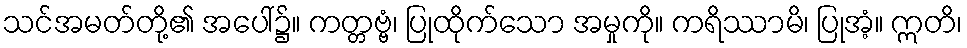
သင်အမတ်တို့၏ အပေါ်၌။ ကတ္တဗ္ဗံ၊ ပြုထိုက်သော အမှုကို။ ကရိဿာမိ၊ ပြုအံ့။ ဣတိ၊